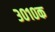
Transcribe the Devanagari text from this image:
३०१०क